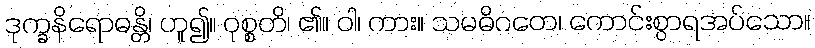
ဒုက္ခနိရောဓန္တိ၊ ဟူ၍။ ဝုစ္စတိ၊ ၏။ ဝါ၊ ကား။ သမဓိဂတေ၊ ကောင်းစွာရအပ်သော။